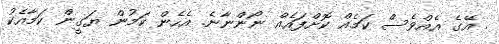
. އޭގެ އެއްވެސް ކަމެއް ކޮށްފައެއް ނޯންނާނެ. އެހެން ކަމުން ޔަގީން ކަމާއެކު